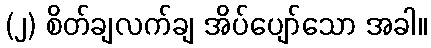
(၂) စိတ်ချလက်ချ အိပ်ပျော်သော အခါ။